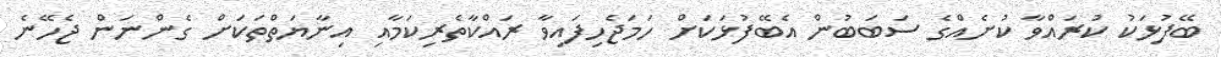
ބޭފުޅަކު ކުރައްވާ ކުށެއްގެ ސަބަބުން އެބޭފުޅަކަށް ހަމަޖެހިފައިވާ ރައްކާތެރިކަމާއި އިނާޔަތްތަކަށް ގެންނަން ޖެހޭނެ